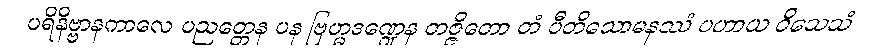
ပရိနိဗ္ဗာနကာလေ ပညတ္တေန ပန ဗြဟ္မဒဏ္ဍေန တဇ္ဇိတော တံ ပီတိသောမနဿံ ပဟာယ ဝိသေသံ